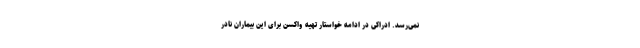
نمی‌رسد. ادراکی در ادامه خواستار تهیه واکسن برای این بیماران نادر